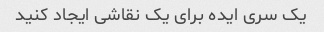
یک سری ایده برای یک نقاشی ایجاد کنید